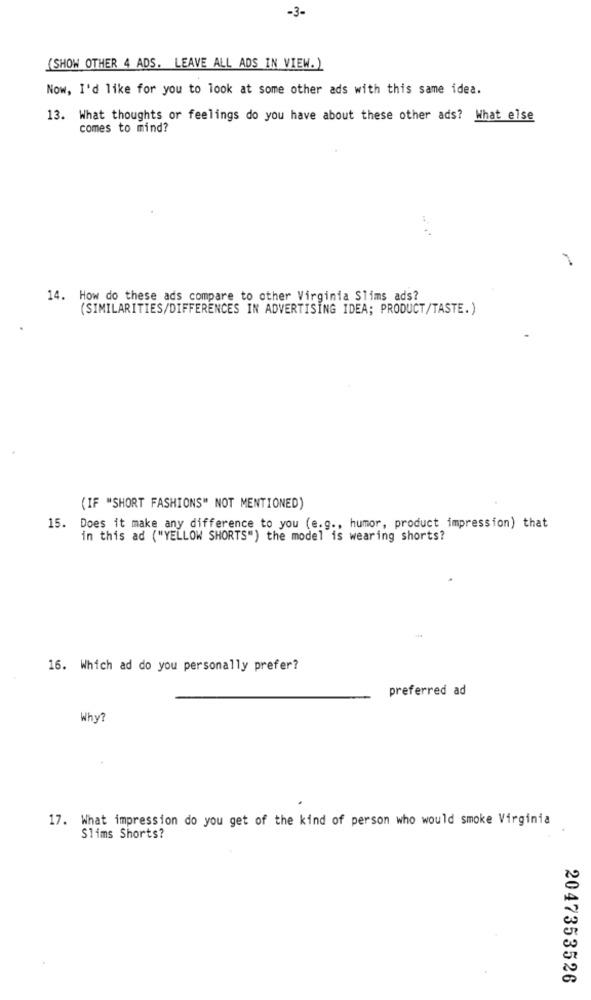
-3-
(SHOW OTHER 4 ADS. LEAVE ALL ADS IN VIEW. )
Now, I'd like for you to look at some other ads with this same idea.
13. What thoughts or feelings do you have about these other ads? What else
comes to mind?
14. How do these ads compare to other Virginia Slims ads?
(SIMILARITIES/DIFFERENCES IN ADVERTISING IDEA; PRODUCT/TASTE.)
(IF "SHORT FASHIONS" NOT MENTIONED)
15. Does it make any difference to you (e.g ., humor, product impression) that
in this ad ("YELLOW SHORTS") the model is wearing shorts?
16. Which ad do you personally prefer?
preferred ad
Why ?
17. What impression do you get of the kind of person who would smoke Virginia
Slims Shorts?
2047353526